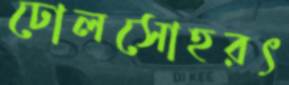
ঢোলসোহরৎ